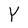
Character: Y